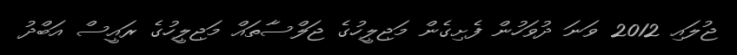
ޖުލައި 2012 ވަނަ ދުވަހުން ފެށިގެން މަޖިލީހުގެ ޖަލްސާތައް މަޖިލީހުގެ ރައީސް އަބްދު